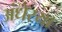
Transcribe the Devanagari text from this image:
अंधेरया